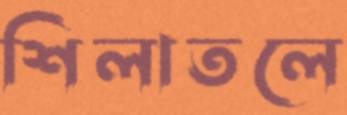
শিলাতলে